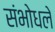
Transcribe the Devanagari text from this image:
संभोधले